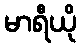
မာရီယို